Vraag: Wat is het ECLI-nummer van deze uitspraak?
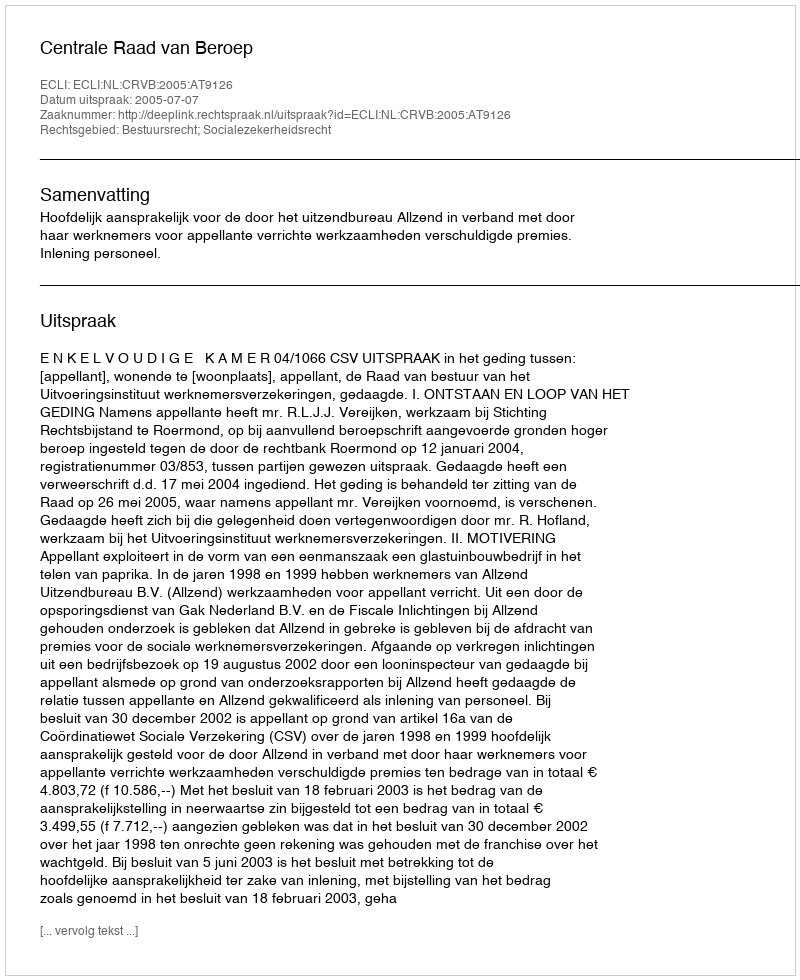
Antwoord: ECLI:NL:CRVB:2005:AT9126